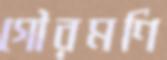
গৌরমণি